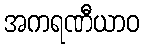
အကရဏီယာဝ